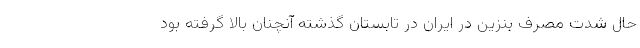
حال شدت مصرف بنزین در ایران در تابستان گذشته آنچنان بالا گرفته بود